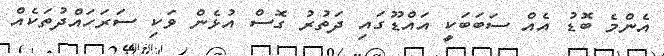
އެންމެ ބޮޑު އެއް ސަބަބަކީ އައްޑޫގައި ދަތުރު ގޮސް އުޅެން ވަކި ސަރަހައްދުތަކެއް